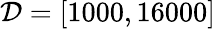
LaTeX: \mathcal{D}=[1000,16000]